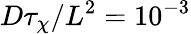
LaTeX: D\tau_{\chi}/L^{2}=10^{-3}